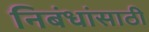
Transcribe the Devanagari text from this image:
निबंधांसाठी